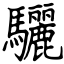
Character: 驪